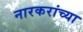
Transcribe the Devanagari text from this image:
नारकरांच्या